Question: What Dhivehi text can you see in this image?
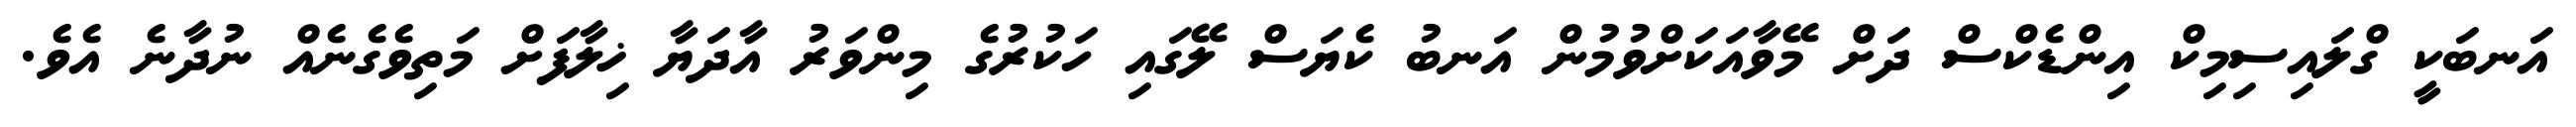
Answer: އަނބަކީ ގްލައިސިމިކް އިންޑެކްސް ދަށް މޭވާއަކަށްވުމުން އަނބު ކެޔަސް ލޭގައި ހަކުރުގެ މިންވަރު އާދަޔާ ޚިލާފަށް މަތިވެގެނެއް ނުދާނެ އެވެ.